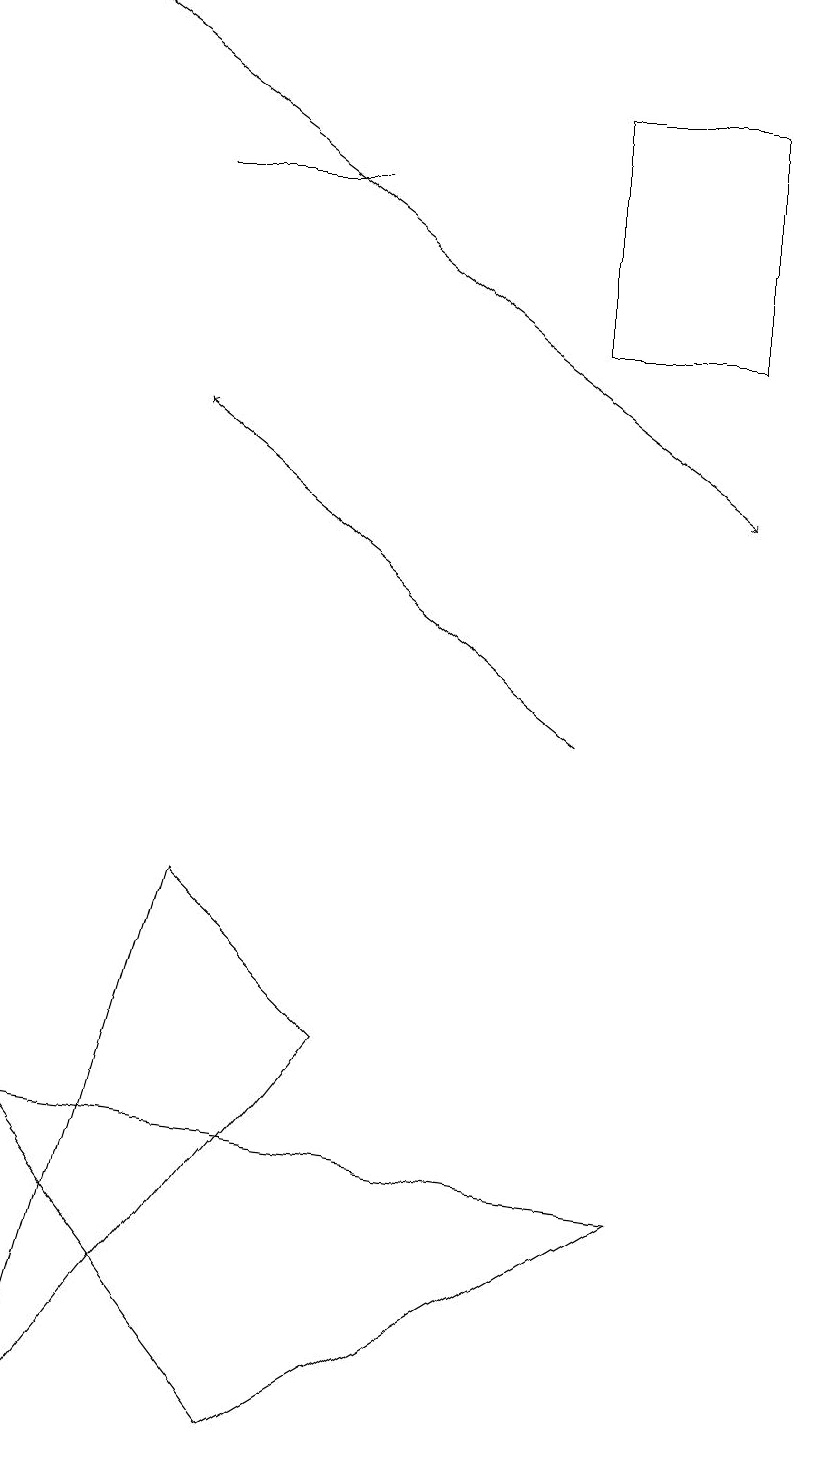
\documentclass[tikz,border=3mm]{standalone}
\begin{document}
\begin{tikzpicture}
\draw (3,1) -- (0,5) -- (8,4) -- cycle;
\draw[->] (1,19) -- (9,13);
\draw (9,15) rectangle (7,18);
\draw (4,17) rectangle (2,17);
\draw (0,1) -- (4,6) -- (2,8) -- cycle;
\draw (10,12) circle (0);
\draw[->] (7,10) -- (2,14);
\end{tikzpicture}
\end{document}